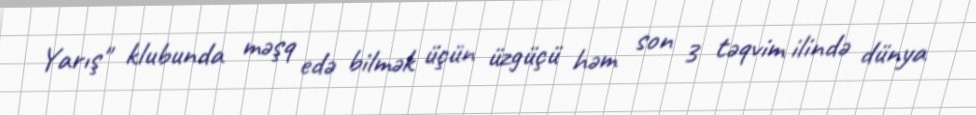
Yarış" klubunda məşq edə bilmək üçün üzgüçü həm son 3 təqvim ilində dünya